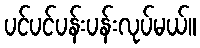
ပင်ပင်ပန်းပန်းလုပ်မယ်။